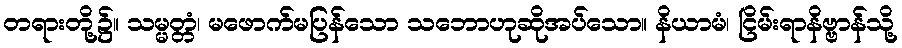
တရားတို့၌။ သမ္မတ္တံ၊ မဖောက်မပြန်သော သဘောဟုဆိုအပ်သော။ နိယာမံ၊ ငြိမ်းရာနိဗ္ဗာန်သို့